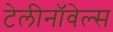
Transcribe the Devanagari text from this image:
टेलीनॉवेल्स